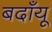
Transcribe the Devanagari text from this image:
बदाँयू